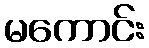
မကောင်း